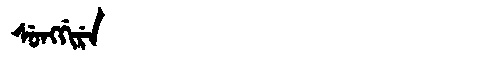
Manchu: ᠰᡠᠩᡤᡳᡵᡝ
Romanization: SUNGGIRE